Civil Veterinary Dept. Bombay admin report 1923-31 - 1923-1931
Year: 1923
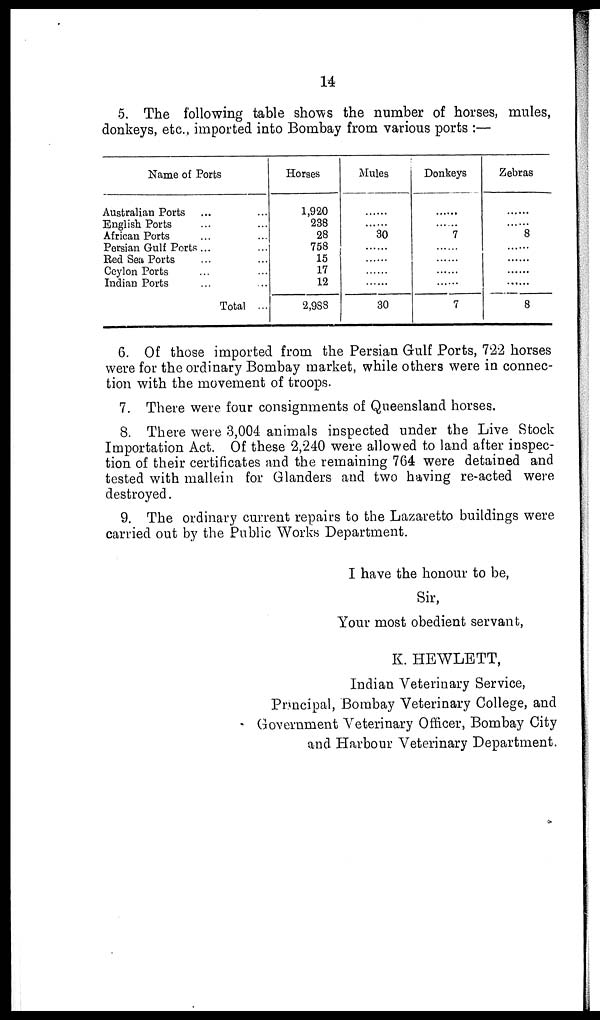
14
5. The following table shows the number of horses, mules,
donkeys, etc., imported into Bombay from various ports :—
Name of Ports
Australian Ports ... ...
English Ports ... ...
African Ports ... ...
Persian Gulf Ports ... ...
Red Sea Ports ... ...
Ceylon Ports ... ...
Indian Ports ... ...
Total ...
Horses
1,920
238
28
758
15
17
12
2,988
Mules
......
......
30
......
......
......
......
30
Donkeys
......
......
7
......
......
......
......
7
Zebras
......
......
8
......
......
......
......
8
6. Of those imported from the Persian Gulf Ports, 722 horses
were for the ordinary Bombay market, while others were in connec-
tion with the movement of troops.
7. There were four consignments of Queensland horses.
8. There were 3,004 animals inspected under the Live Stock
Importation Act. Of these 2,240 were allowed to land after inspec-
tion of their certificates and the remaining 764 were detained and
tested with mallein for Glanders and two having re-acted were
destroyed.
9. The ordinary current repairs to the Lazaretto buildings were
carried out by the Public Works Department.
I have the honour to be,
Sir,
Your most obedient servant,
K. HEWLETT,
Indian Veterinary Service,
Principal, Bombay Veterinary College, and
Government Veterinary Officer, Bombay City
and Harbour Veterinary Department.